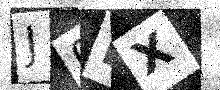
Text: J0HX